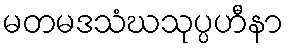
မတမဒသံဃသုပ္ပဟီနာ